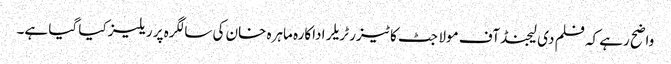
واضح رہے کہ فلم دی لیجنڈ آف مولا جٹ کا ٹیزر ٹریلر اداکارہ ماہرہ خان کی سالگرہ پر ریلیز کیا گیا ہے۔